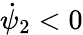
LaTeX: \dot{\psi}_{2}<0